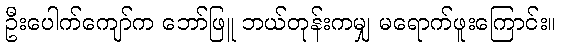
ဦးပေါက်ကျော်က ဘော်ဖြူ ဘယ်တုန်းကမျှ မရောက်ဖူးကြောင်း။